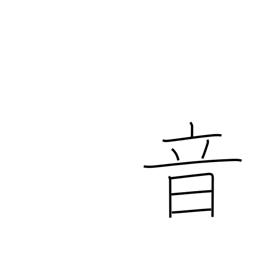
Meaning: sound